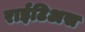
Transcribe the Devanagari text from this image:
राईटिअस